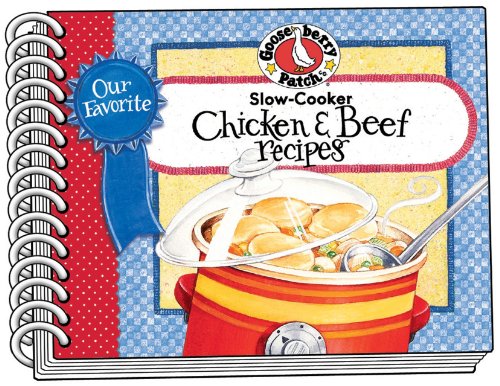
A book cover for Our Favorite Slow-Cooker Chicken & Beef Recipes (Our Favorite Recipes Collection); Gooseberry Patch; Cookbooks, Food & Wine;